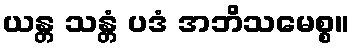
ယန္တ သန္တံ ပဒံ အဘိသမေစ္စ။